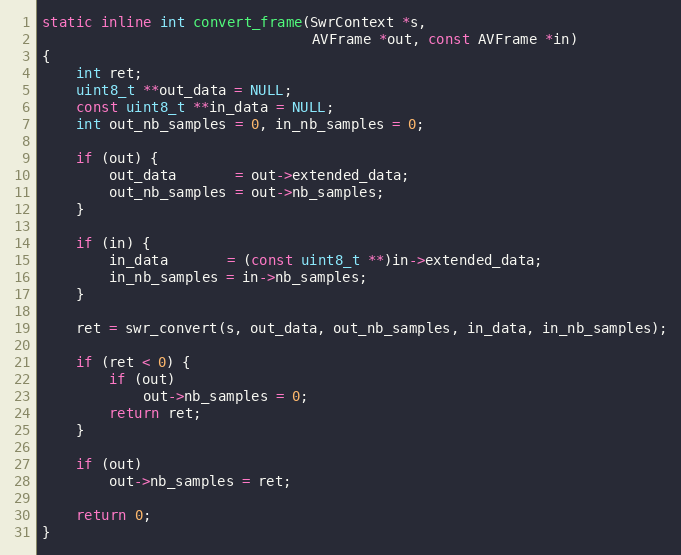
Language: C
static inline int convert_frame(SwrContext *s,
                                AVFrame *out, const AVFrame *in)
{
    int ret;
    uint8_t **out_data = NULL;
    const uint8_t **in_data = NULL;
    int out_nb_samples = 0, in_nb_samples = 0;

    if (out) {
        out_data       = out->extended_data;
        out_nb_samples = out->nb_samples;
    }

    if (in) {
        in_data       = (const uint8_t **)in->extended_data;
        in_nb_samples = in->nb_samples;
    }

    ret = swr_convert(s, out_data, out_nb_samples, in_data, in_nb_samples);

    if (ret < 0) {
        if (out)
            out->nb_samples = 0;
        return ret;
    }

    if (out)
        out->nb_samples = ret;

    return 0;
}